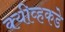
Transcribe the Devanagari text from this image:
क्यीव्हकडे